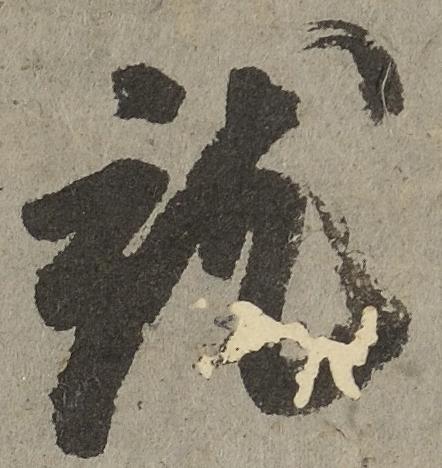
就